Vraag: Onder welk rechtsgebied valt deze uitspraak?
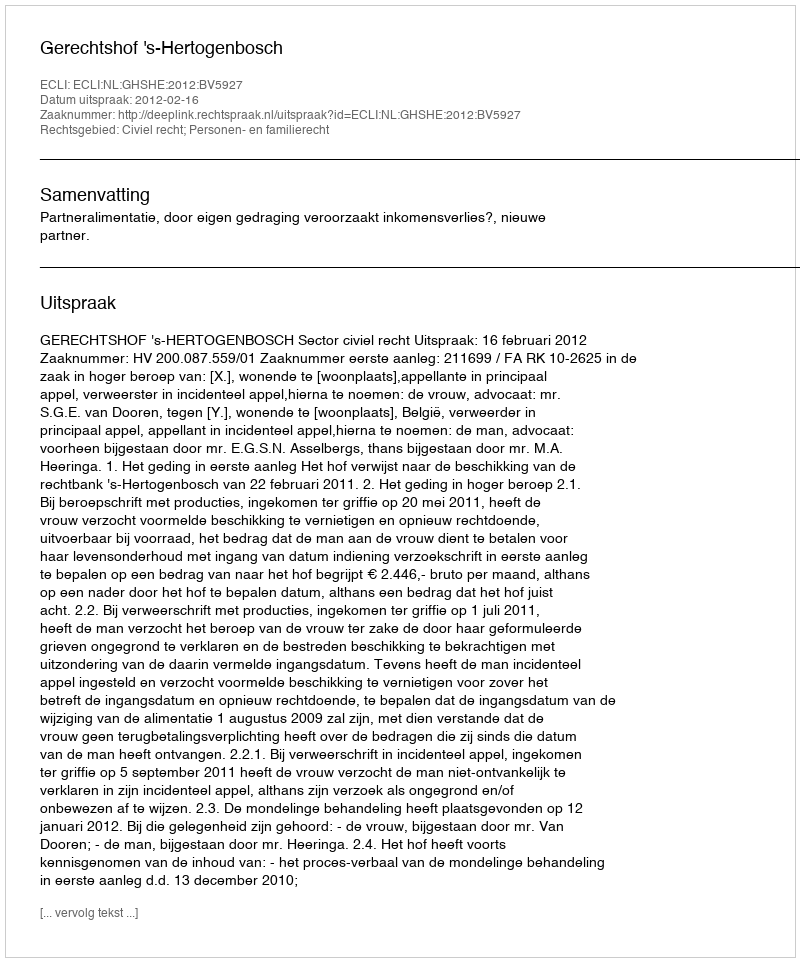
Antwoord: Civiel recht; Personen- en familierecht